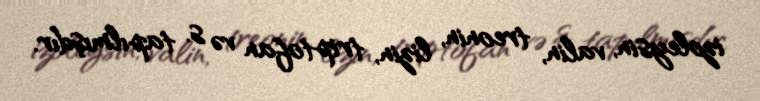
izoleysin, valin, treonin, lizin, triptofan və s. tapılmışdır.